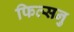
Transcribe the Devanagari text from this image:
फित्सनु